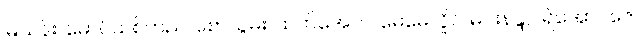
မြသန်း၊ မောင်သစ်တည်၊ စောယွမ်း၊ ထက်အောင်၊ မေမေလှိုင်၊ မင်းနန္ဒာ၊ ရဲအောင်ဇေ၊